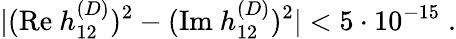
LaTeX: |(\mathrm{Re}~h_{12}^{(D)})^{2}-(\mathrm{Im}~h_{12}^{(D)})^{2}|<5\cdot 10^{-15}\; .